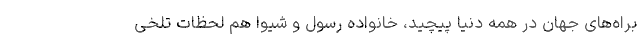
براه‌های جهان در همه دنیا پیچید، خانواده رسول و شیوا هم لحظات تلخی